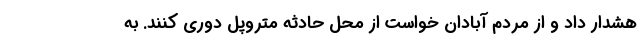
هشدار داد و از مردم آبادان خواست از محل حادثه متروپل دوری کنند. به